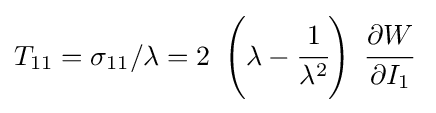
T_{11}=\sigma _{11}/\lambda =2~\left(\lambda -{\cfrac {1}{\lambda ^{2}}}\right)~{\cfrac {\partial W}{\partial I_{1}}}~